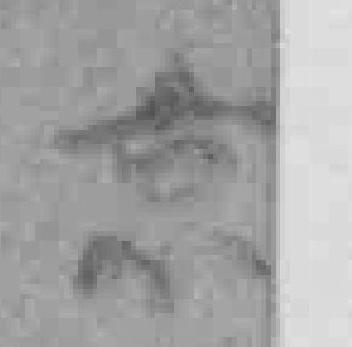
京